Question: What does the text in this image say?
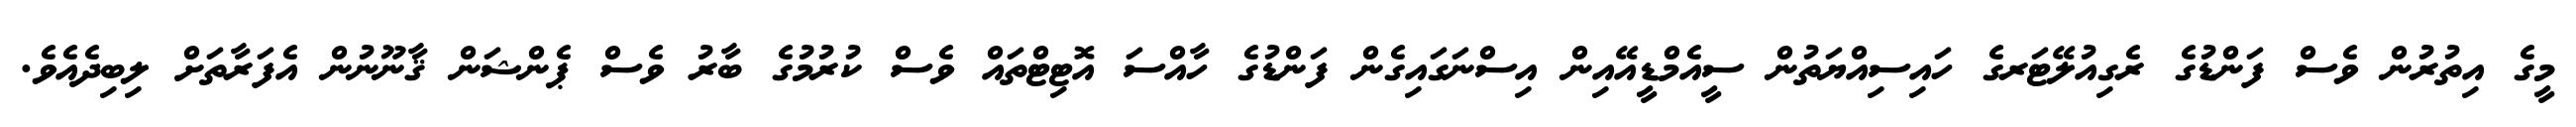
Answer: މީގެ އިތުރުން ވެސް ފަންޑުގެ ރެގިއުލޭޓަރގެ ހައިސިއްޔަތުން ސީއެމްޑީއޭއިން އިސްނަގައިގެން ފަންޑުގެ ހާއްސަ އޮޓިޓްތައް ވެސް ކުރުމުގެ ބާރު ވެސް ޕެންޝަން ޤާނޫނުން އެފަރާތަށް ލިބިދެއެވެ.